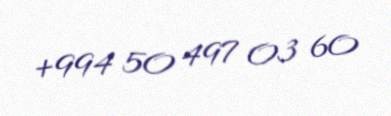
+994 50 497 03 60